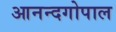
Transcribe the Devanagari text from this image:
आनन्दगोपाल